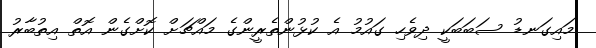
މައިގަނޑު ސަބަބަކީ ދިވެހި ގައުމު އެ ކުޅުންތެރީންގެ މައްޗަށް ކޮށްގެން އޮތް އިތުބާރު